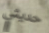
حديثي